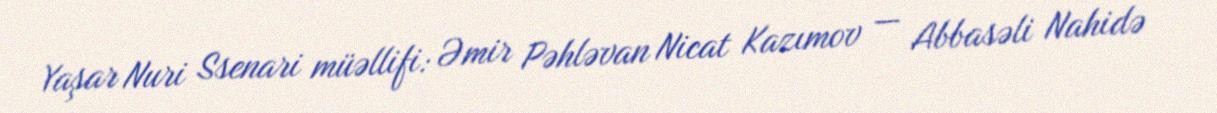
Yaşar Nuri Ssenari müəllifi: Əmir Pəhləvan Nicat Kazımov — Abbasəli Nahidə